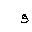
Letter: _waw